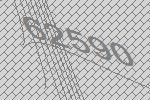
62590